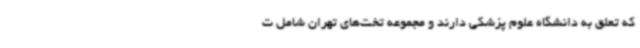
که تعلق به دانشگاه علوم پزشکی دارند و مجموعه تخت‌های تهران شامل ت